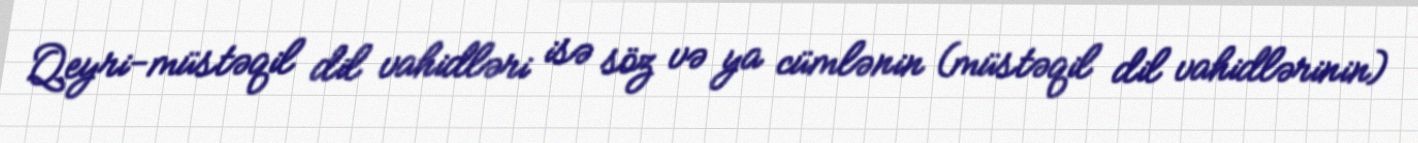
Qeyri-müstəqil dil vahidləri isə söz və ya cümlənin (müstəqil dil vahidlərinin)